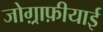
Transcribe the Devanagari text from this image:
जोग़्राफ़ीयाई